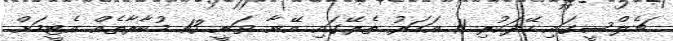
ޗެލްސީގައި ހޭދަކުރި 11 އަހަރު ތެރޭގައި އޭނާ ވަނީ 13 މުބާރާތެއް އެޓީމަށް